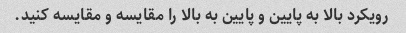
رویکرد بالا به پایین و پایین به بالا را مقایسه و مقایسه کنید.